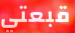
قبعتي